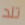
تلد